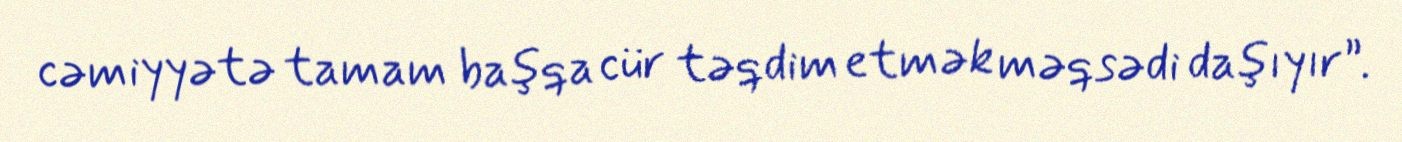
cəmiyyətə tamam başqa cür təqdim etmək məqsədi daşıyır”.